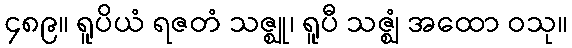
၄၈၉။ ရူပိယံ ရဇတံ သဇ္ဈု၊ ရူပီ သဇ္ဈံ အထော ဝသု။